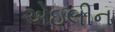
એઇલીન